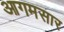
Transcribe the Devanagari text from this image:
आगमसार